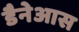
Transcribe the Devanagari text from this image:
डैनेआस